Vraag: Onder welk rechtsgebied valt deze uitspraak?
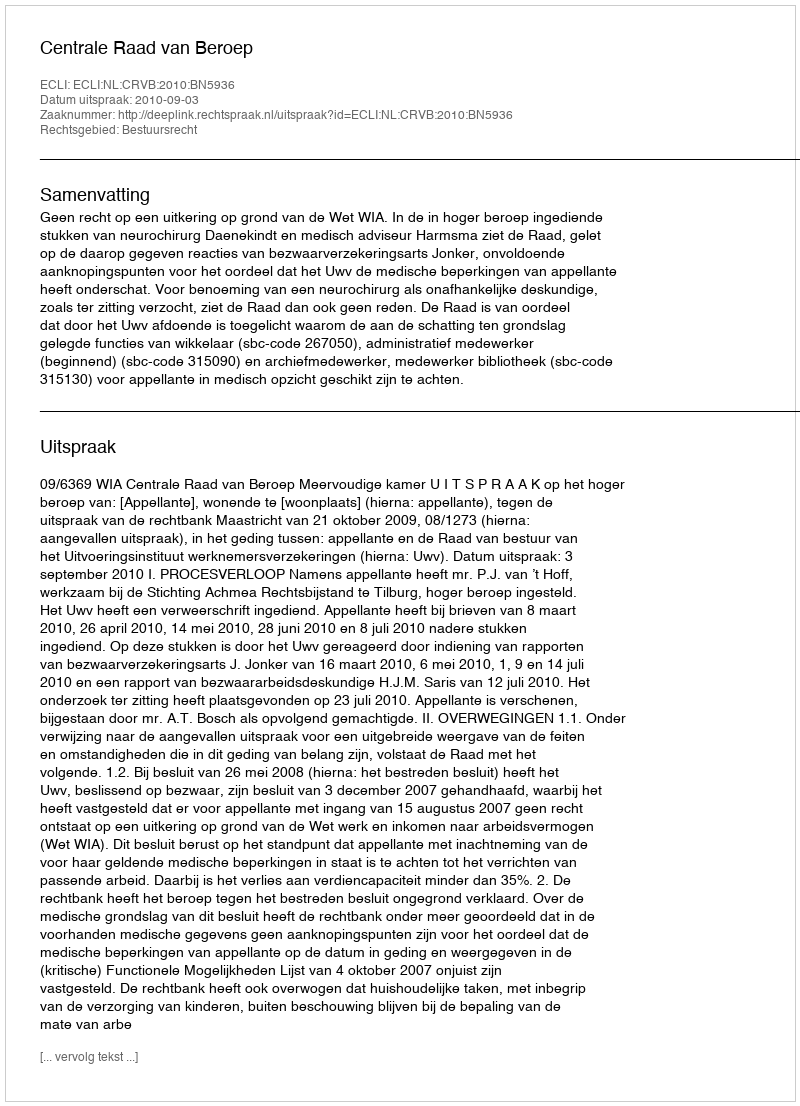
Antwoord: Bestuursrecht